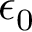
\epsilon _ { 0 }